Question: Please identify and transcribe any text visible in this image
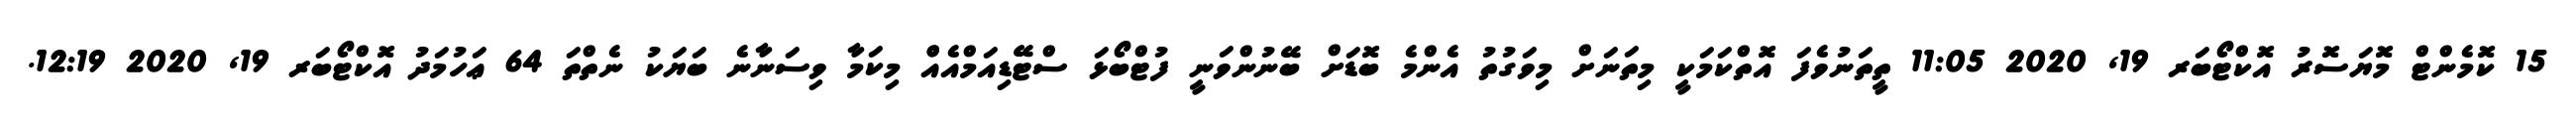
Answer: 15 ކޮމެންޓް މޮޔަސޮރު އޮކްޓޯބަރ 19, 2020 11:05 ތީތަނުވެފަ އޮތްކަމަކީ މިތަނަށް މިވަގުތު އެންމެ ބޮޑަށް ބޭނުންވަނީ ފުޓްބޯޅަ ސްޓޭޑިއަމްއެއްް މިކަމާ ވިސަނާނެ ބަޔަކު ނެތްތަ 64 ޢަހުމަދު އޮކްޓޯބަރ 19, 2020 12:19.